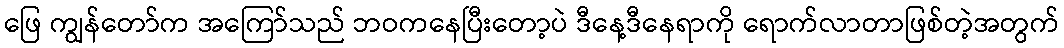
ဖြေ ကျွန်တော်က အကြော်သည် ဘဝကနေပြီးတော့ပဲ ဒီနေ့ဒီနေရာကို ရောက်လာတာဖြစ်တဲ့အတွက်